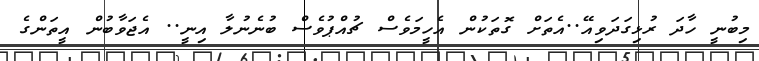
މިބުނީ ހާދަ ރުޅިގަދަވިއޭ..އެތަށް ގޮތަކުން އެހީމަވެސް ޗުއްޕުވެސް ބުނެނުލާ އިނީ.. އެޖަވާބުން އީތަންގެ